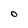
Character: O